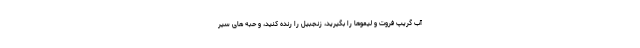
آب گریپ فروت و لیموها را بگیرید، زنجبیل را رنده کنید، و حبه های سیر